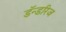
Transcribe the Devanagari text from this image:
डॅन्डरिज